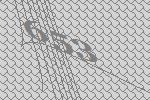
653